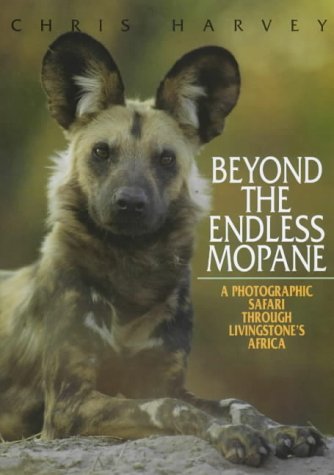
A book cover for Beyond The Endless Mopane-Africa; Chris Harvey; Travel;